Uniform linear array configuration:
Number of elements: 8
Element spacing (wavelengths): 1
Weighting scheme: uniform
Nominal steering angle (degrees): -15
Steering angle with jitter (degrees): -16.229
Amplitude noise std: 0.05
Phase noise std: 0.05

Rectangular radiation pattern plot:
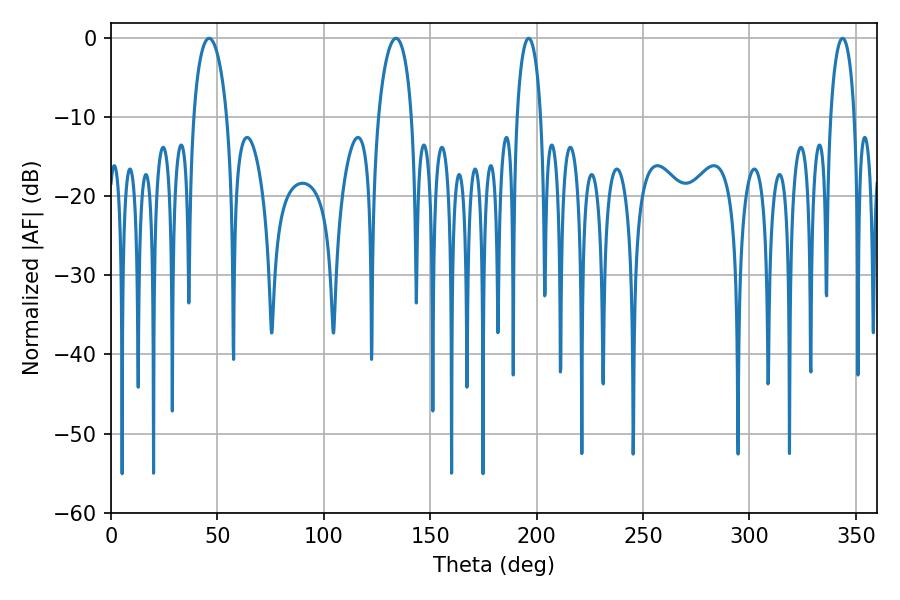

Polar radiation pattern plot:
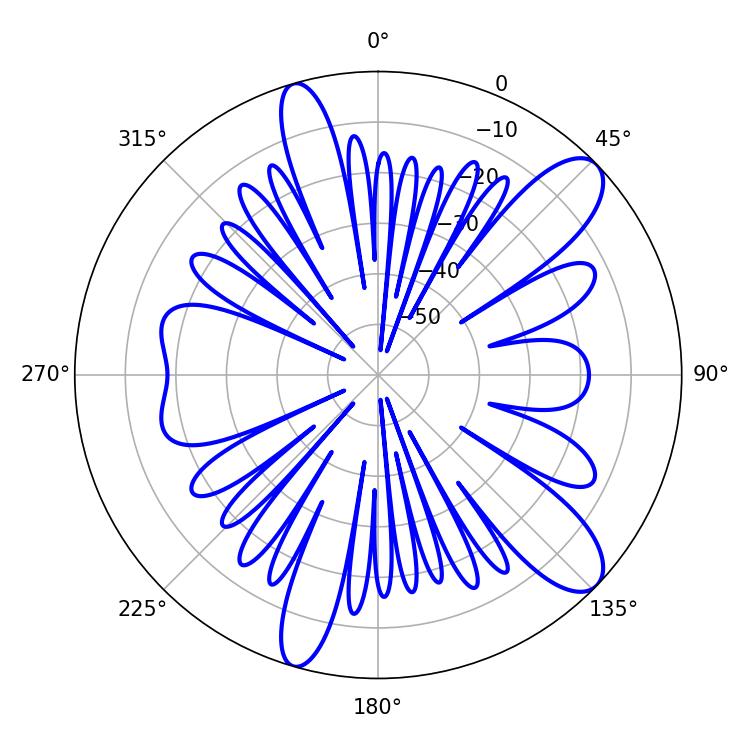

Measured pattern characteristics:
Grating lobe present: TRUE
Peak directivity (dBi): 10.745
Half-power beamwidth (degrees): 9
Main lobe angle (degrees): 46.08